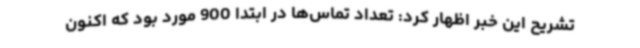
تشریح این خبر اظهار کرد: تعداد تماس‌ها در ابتدا 900 مورد بود که اکنون